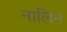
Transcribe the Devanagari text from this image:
नालिन